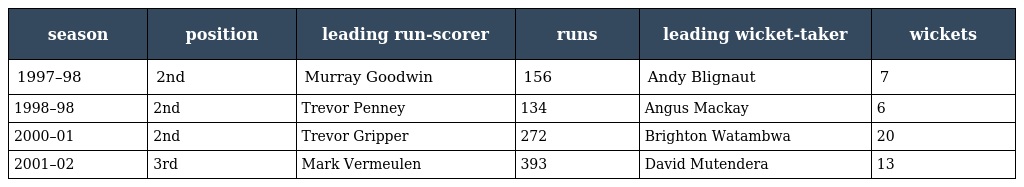
| season | position | leading run-scorer | runs | leading wicket-taker | wickets |
 | --- | --- | --- | --- | --- | --- |
 | 1997–98 | 2nd | Murray Goodwin | 156 | Andy Blignaut | 7 |
 | 1998–98 | 2nd | Trevor Penney | 134 | Angus Mackay | 6 |
 | 2000–01 | 2nd | Trevor Gripper | 272 | Brighton Watambwa | 20 |
 | 2001–02 | 3rd | Mark Vermeulen | 393 | David Mutendera | 13 |